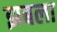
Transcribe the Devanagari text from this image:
झबला